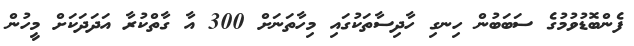
ފެންބޮޑުވުމުގެ ސަބަބުން ހިނގި ހާދިސާތަކުގައި މިހާތަނަށް 300 އާ ގާތްކުރާ އަދަދަކަށް މީހުން